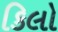
કિલો